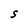
Character: S